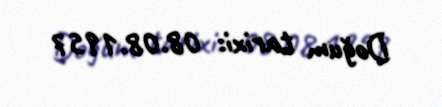
Doğum tarixi: 08.08.1957